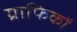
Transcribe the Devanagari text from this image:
ग्राफिकों